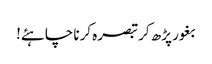
بغور پڑھ کر تبصرہ کرنا چاہئے!